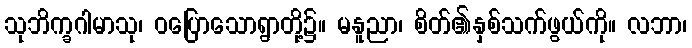
သုဘိက္ခဂါမာသု၊ ဝပြောသောရွာတို့၌။ မနူညာ၊ စိတ်၏နှစ်သက်ဖွယ်ကို။ လဘာ၊